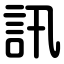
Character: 訊